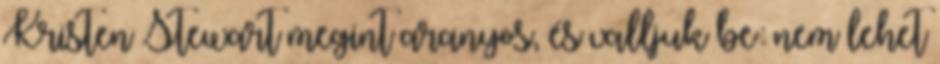
Kristen Stewart megint aranyos, és valljuk be: nem lehet